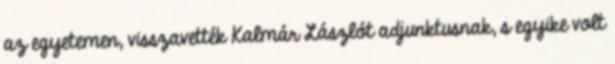
az egyetemen, visszavették Kalmár Lászlót adjunktusnak, s egyike volt